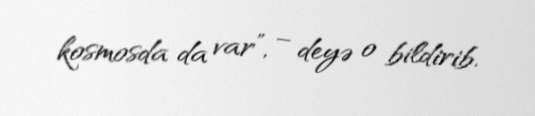
kosmosda da var”, – deyə o bildirib.